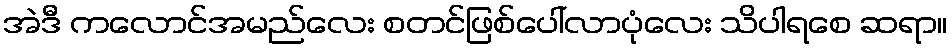
အဲဒီ ကလောင်အမည်လေး စတင်ဖြစ်ပေါ်လာပုံလေး သိပါရစေ ဆရာ။